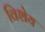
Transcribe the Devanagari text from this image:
विशेय